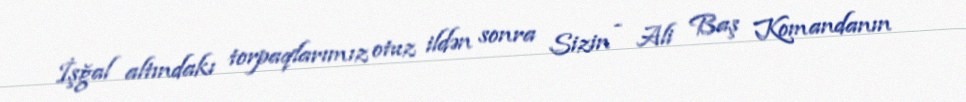
İşğal altındakı torpaqlarımız otuz ildən sonra Sizin - Ali Baş Komandanın